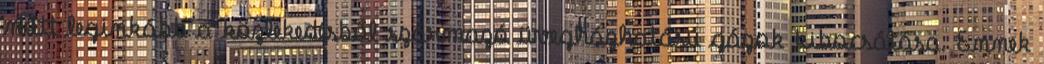
nőtt leginkább a közlekedésből származó üvegházhatású gázok kibocsátása. Ennek